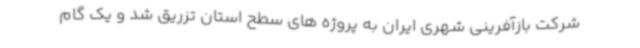
شرکت بازآفرینی شهری ایران به پروژه های سطح استان تزریق شد و یک گام